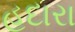
હદારા